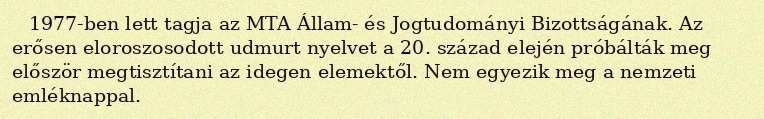
1977-ben lett tagja az MTA Állam- és Jogtudományi Bizottságának. Az erősen eloroszosodott udmurt nyelvet a 20. század elején próbálták meg először megtisztítani az idegen elemektől. Nem egyezik meg a nemzeti emléknappal.